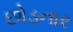
છોડનાર